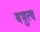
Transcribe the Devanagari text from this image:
बभुत्व